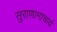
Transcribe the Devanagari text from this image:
सुराणामाचार्य